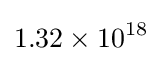
1.32\times 10^{18}